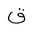
Letter: _qaf